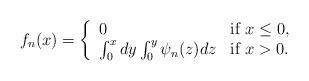
LaTeX: \begin{align*}f_n(x)=\left\{\begin{array}{ll}0& \mbox{if $x\leq 0$},\\\int_0^xdy\int_0^y\psi_n(z)dz &\mbox{if $x>0$}.\end{array}\right.\end{align*}